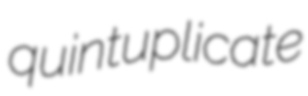
quintuplicate